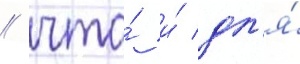
/ что́ и́ дл'я́